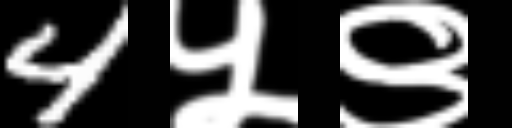
Text: 4५९